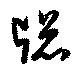
牕